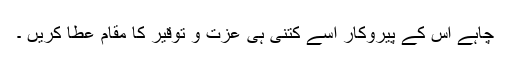
چاہے اس کے پیروکار اسے کتنی ہی عزت و توقیر کا مقام عطا کریں ۔